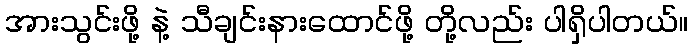
အားသွင်းဖို့ နဲ့ သီချင်းနားထောင်ဖို့ တို့လည်း ပါရှိပါတယ်။